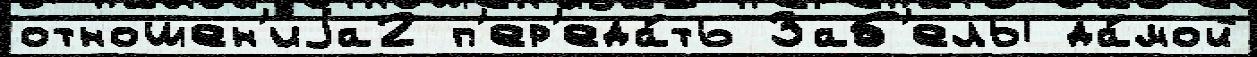
отношен'иjа2 п'ер'еда́ть Заб'елы да́мой